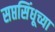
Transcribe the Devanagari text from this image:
सप्तसिंधूच्या